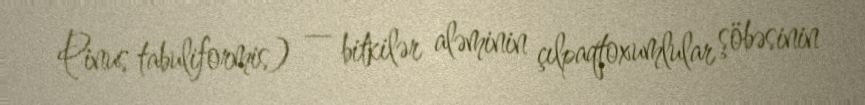
Pinus tabuliformis) — bitkilər aləminin çılpaqtoxumlular şöbəsinin